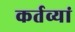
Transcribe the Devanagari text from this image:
कर्तव्यां